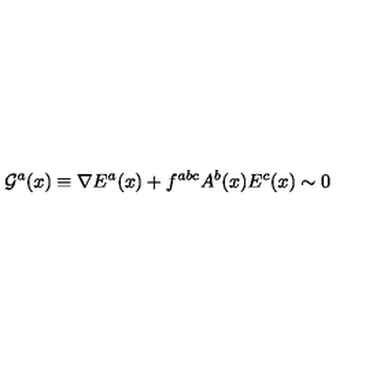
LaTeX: { \cal G } ^ { a } ( x ) \equiv \nabla E ^ { a } ( x ) + f ^ { a b c } A ^ { b } ( x ) E ^ { c } ( x ) \sim 0